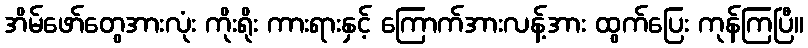
အိမ်ဖော်တွေအားလုံး ကိုးရိုး ကားရားနှင့် ကြောက်အားလန့်အား ထွက်ပြေး ကုန်ကြပြီ။